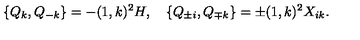
\{ Q _ { k } , Q _ { - k } \} = - ( 1 , k ) ^ { 2 } H , \quad \{ Q _ { \pm i } , Q _ { \mp k } \} = \pm ( 1 , k ) ^ { 2 } X _ { i k } .